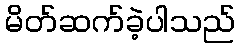
မိတ်ဆက်ခဲ့ပါသည်